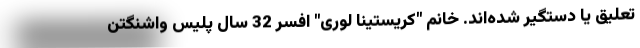
تعلیق یا دستگیر شده‌اند. خانم "کریستینا لوری" افسر 32 سال پلیس واشنگتن